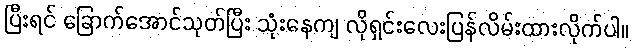
ပြီးရင် ခြောက်အောင်သုတ်ပြီး သုံးနေကျ လိုရှင်းလေးပြန်လိမ်းထားလိုက်ပါ။